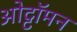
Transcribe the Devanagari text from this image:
ओट्टॉमन